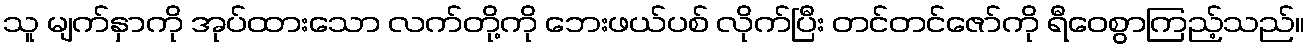
သူ မျက်နှာကို အုပ်ထားသော လက်တို့ကို ဘေးဖယ်ပစ် လိုက်ပြီး တင်တင်ဇော်ကို ရီဝေစွာကြည့်သည်။